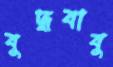
বুদ্ধবাবু